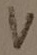
Text: V